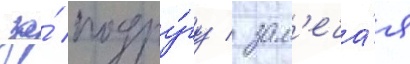
за́ подру́гу / зам'еча́я